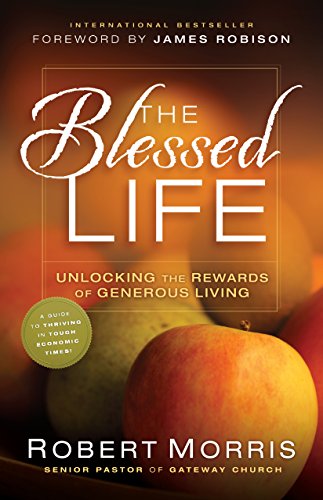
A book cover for The Blessed Life: Unlocking the Rewards of Generous Living; Robert Morris; Christian Books & Bibles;